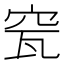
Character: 𥥟